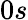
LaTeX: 0s